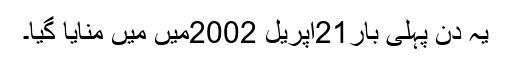
یہ دن پہلی بار21اپریل 2002میں میں منایا گیا۔